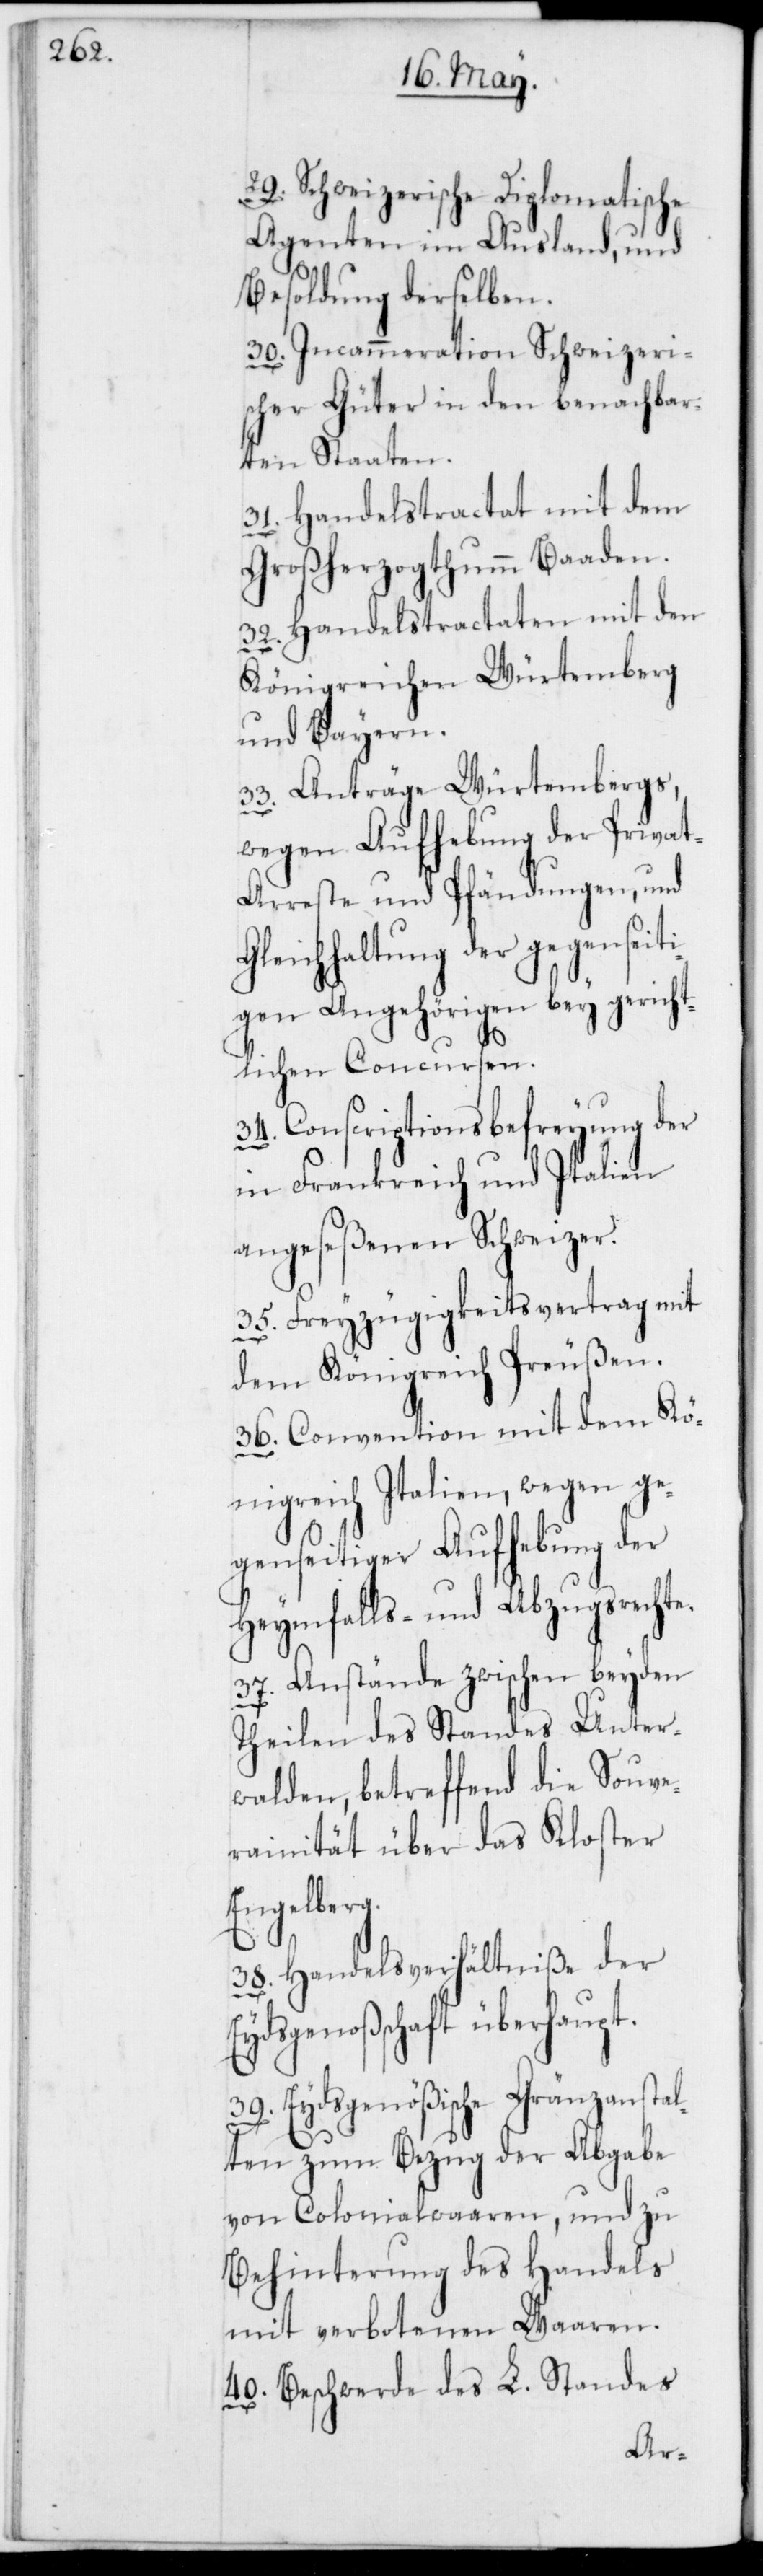
29. Schweizerische Diplomatische
Agenten im Ausland, und
Besoldung derselben.
30. Incammeration Schweizeri¬
scher Güter in den benachbar¬
ten Staaten.
31. Handelstractat mit dem
Großherzogthumm Baaden.
32. Handelstractaten mit den
Königreichen Würtemberg
und Bayern.
33. Anträge Würtembergs,
wegen Aufhebung der Priva¬
t-Arreste und Pfändungen, und
Gleichhaltung der gegenseiti¬
gen Angehörigen bey gericht¬
lichen Concursen.
34. Conscriptionsbefreyung der
in Frankreich und Italien
angeseßenen Schweizer.
35. Freyzügigkeitsvertrag mit
dem Königreich Preußen.
36. Convention mit dem Kö¬
nigreich Italien, wegen ge¬
genseitiger Aufhebung der
Heymfalls- und Abzugsrechte.
37. Anstände zwischen beyden
Theilen des Standes Unter¬
walden, betreffend die Souve¬
rainität über das Kloster
Eydsgen¬
38. Handelsverhältniße der
oßenschaft überhaupt.
39. Eydsgenößische Gränzanstal¬
ten zum Bezug der Abgabe
von Colonialwaaren, und zu
Behinterung des Handels
mit verbotenen Waaren.
40. Beschwerde des L. Standes